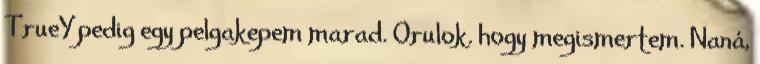
TrueY pedig egy pelgakepem marad. Orulok. hogy megismertem. Naná,